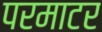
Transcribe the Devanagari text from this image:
परमाटर